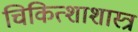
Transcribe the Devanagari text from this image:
चिकित्शाशास्त्र